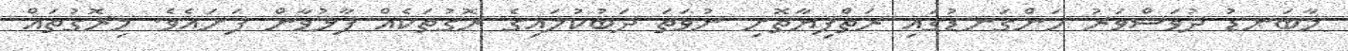
މާބަނޑު ދުވަސްވަރު ހަންގަނޑުގައި ރަތްފިޔާތޮށި ނުވަތަ ދަބުކުލައިގެ ރޮގުތަކެއް ފާޅުވާން ފަށައެވެ. މިރޮގުތައް